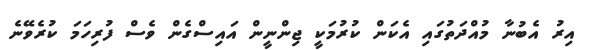
އިރު އެބުނާ މުއްދަތުގައި އެކަން ކުރުމަކީ ޖިންނީން އައިސްގެން ވެސް ފުރިހަމަ ކުރެވޭނެ